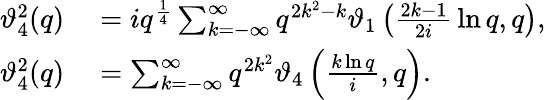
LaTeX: \begin{array}{rl}{\vartheta_{4}^{2}(q)}&{{}=iq^{\frac{1}{4}}\sum_{k=-\infty}^{\infty}q^{2k^{2}-k}\vartheta_{1}\left({\frac{2k-1}{2i}}\ln q,q\right),}\\ {\vartheta_{4}^{2}(q)}&{{}=\sum_{k=-\infty}^{\infty}q^{2k^{2}}\vartheta_{4}\left({\frac{k\ln q}{i}},q\right).}\end{array}